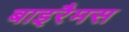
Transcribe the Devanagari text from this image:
बाइरैमस